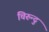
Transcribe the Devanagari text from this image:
चिरुन्दु